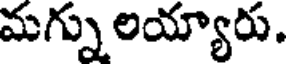
మగ్ను లయ్యారు.